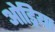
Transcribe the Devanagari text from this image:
ओड्रिया